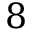
8